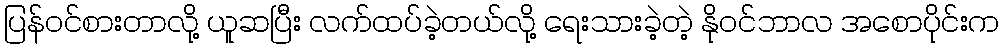
ပြန်ဝင်စားတာလို့ ယူဆပြီး လက်ထပ်ခဲ့တယ်လို့ ရေးသားခဲ့တဲ့ နိုဝင်ဘာလ အစောပိုင်းက